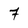
Character: 7